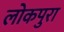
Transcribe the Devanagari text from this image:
लोकपुरा